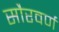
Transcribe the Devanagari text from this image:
सौरवर्ण